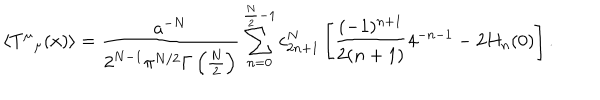
\left< T ^ { \mu } { } _ { \mu } ( x ) \right> = { \frac { a ^ { - N } } { 2 ^ { N - 1 } \pi ^ { N / 2 } \Gamma \left( \frac N 2 \right) } } \sum _ { n = 0 } ^ { \frac N 2 - 1 } c _ { 2 n + 1 } ^ { N } \left[ \frac { ( - 1 ) ^ { n + 1 } } { 2 ( n + 1 ) } 4 ^ { - n - 1 } - 2 H _ { n } ( 0 ) \right] .